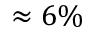
\approx 6 \%